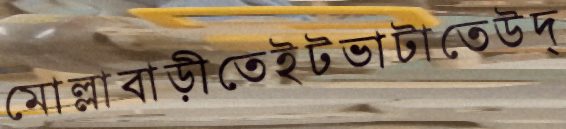
মোল্লাবাড়ীতেইটভাটাতেউদ্